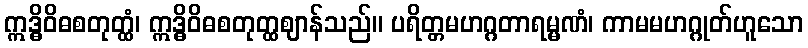
ဣဒ္ဓိဝိဓစတုတ္ထံ၊ ဣဒ္ဓိဝိဓစတုတ္ထဈာန်သည်။ ပရိတ္တမဟဂ္ဂတာရမ္မဏံ၊ ကာမမဟဂ္ဂုတ်ဟူသော